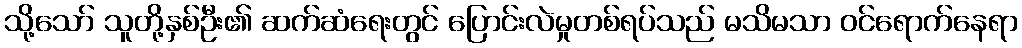
သို့သော် သူတို့နှစ်ဦး၏ ဆက်ဆံရေးတွင် ပြောင်းလဲမှုတစ်ရပ်သည် မသိမသာ ဝင်ရောက်နေရာ